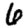
Digit: 6